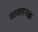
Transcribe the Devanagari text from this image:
वाक्जनक